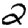
Digit: 2